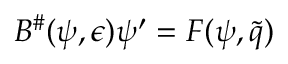
\begin{array} { r } { B ^ { \# } ( \psi , \epsilon ) \psi ^ { \prime } = F ( \psi , \tilde { q } ) } \end{array}